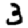
Digit: 3